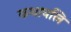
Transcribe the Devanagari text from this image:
कथावलि